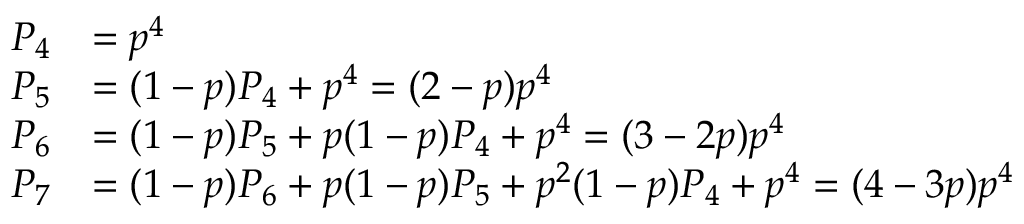
\begin{array} { r l } { P _ { 4 } } & { = p ^ { 4 } } \\ { P _ { 5 } } & { = ( 1 - p ) P _ { 4 } + p ^ { 4 } = ( 2 - p ) p ^ { 4 } } \\ { P _ { 6 } } & { = ( 1 - p ) P _ { 5 } + p ( 1 - p ) P _ { 4 } + p ^ { 4 } = ( 3 - 2 p ) p ^ { 4 } } \\ { P _ { 7 } } & { = ( 1 - p ) P _ { 6 } + p ( 1 - p ) P _ { 5 } + p ^ { 2 } ( 1 - p ) P _ { 4 } + p ^ { 4 } = ( 4 - 3 p ) p ^ { 4 } } \end{array}